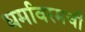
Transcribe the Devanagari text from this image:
धर्मावरमची